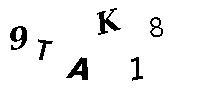
9TAK18